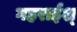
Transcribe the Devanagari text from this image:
गहराईश्